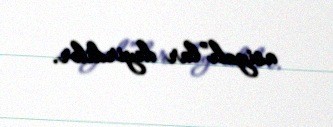
asiyalı”lar deyirdilər.